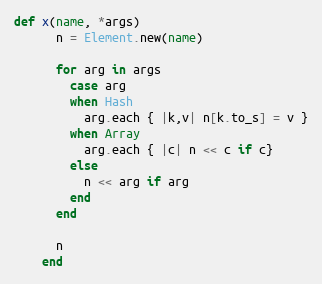
Language: Ruby
def x(name, *args)
      n = Element.new(name)

      for arg in args
        case arg
        when Hash
          arg.each { |k,v| n[k.to_s] = v }
        when Array
          arg.each { |c| n << c if c}
        else
          n << arg if arg
        end
      end

      n
    end